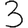
Digit: 3